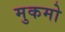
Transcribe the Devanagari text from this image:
मुकमो